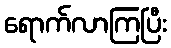
ရောက်လာကြပြီး